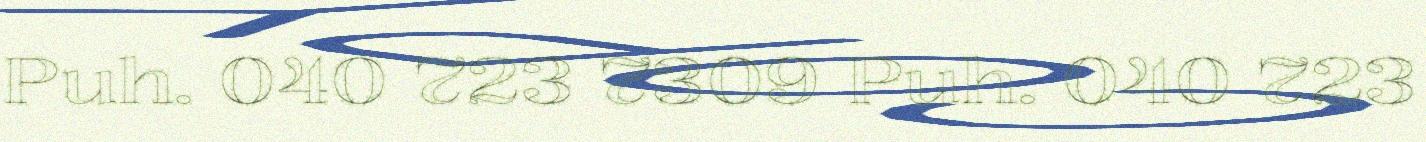
Puh. 040 723 7309 Puh. 040 723